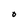
Character: O